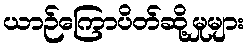
ယာဉ်ကြောပိတ်ဆို့မှုများ